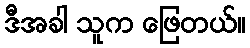
ဒီအခါ သူက ဖြေတယ်။